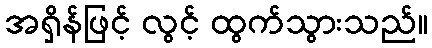
အရှိန်ဖြင့် လွင့် ထွက်သွားသည်။